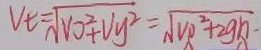
V _ { t } = \sqrt { V _ { 0 } ^ { 2 } + V y ^ { 2 } } = \sqrt { v _ { 0 } ^ { 2 } + 2 g h }